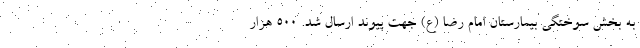
به بخش سوختگی بیمارستان امام رضا (ع) جهت پیوند ارسال شد. 500 هزار